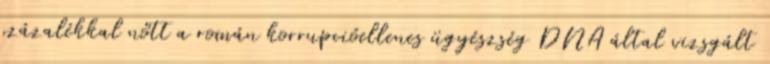
százalékkal nőtt a román korrupcióellenes ügyészség DNA által vizsgált